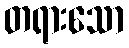
တရားသော